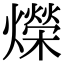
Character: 爃